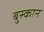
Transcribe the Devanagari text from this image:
बुस्कान